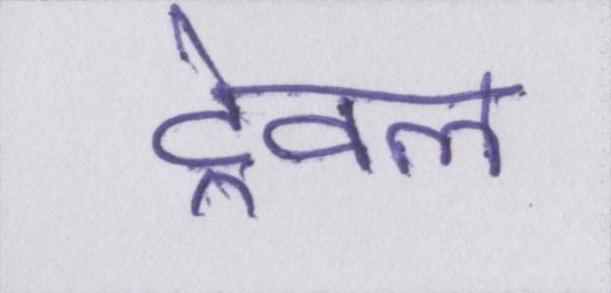
ट्रेवल